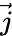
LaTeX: \vec{j}